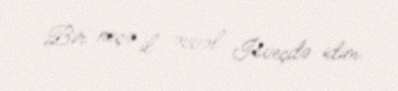
Bir neçə il əvvəl İsveçdə idim.